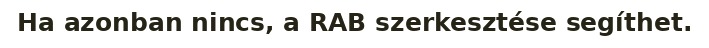
Ha azonban nincs, a RAB szerkesztése segíthet.